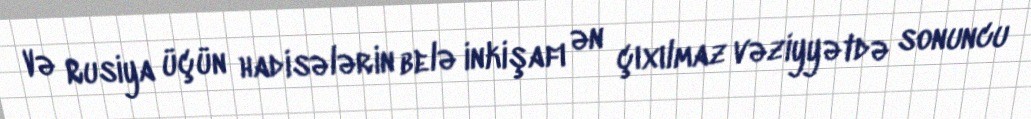
Və Rusiya üçün hadisələrin belə inkişafı ən çıxılmaz vəziyyətdə sonuncu